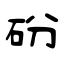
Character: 砏